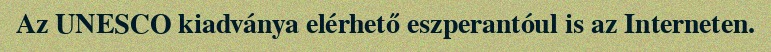
Az UNESCO kiadványa elérhető eszperantóul is az Interneten.